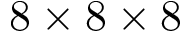
8 \times 8 \times 8